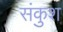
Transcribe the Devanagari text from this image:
संकुश